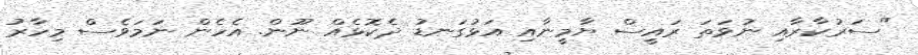
"ސަރުކާރާއި ނުވަތަ ރައީސް ޔާމީނާއި އަޅުގަނޑު ދެކޮޅެއް ނޫން. އެހެން ނަމަވެސް މިހާރު